Bulletin of the Pasteur Institute of Southern India, Coonoor - No. 1.
Year: 1908
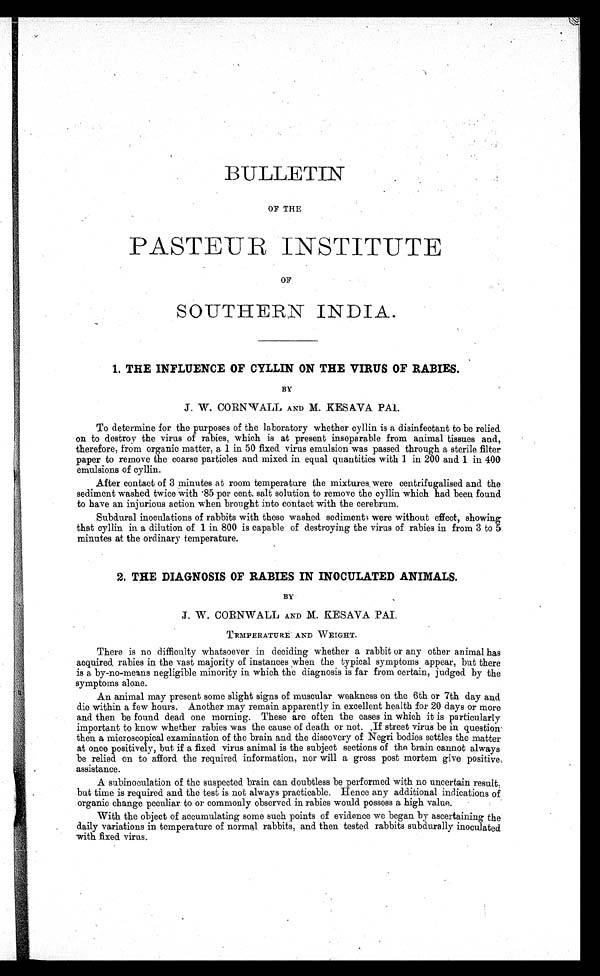
BULLETIN
OF THE
PASTEUR INSTITTUTE
OF
SOUTHERN INDIA.
1. THE INFLUENCE OF CYLLIN ON THE VIRUS OF RABIES.
BY
J. W. CORNWALL AND M. KESAVA PAL.
To determine for the purposes of the laboratory whether cyllin is a disinfectant to be relied.
On to destroy the virus of rabies, which is at present inseparable from animal tissues and,
therefore, from organic matter, a 1 in 50 fixed virus emulsion was passed through a sterile filter
paper to remove the coarse particles and mixed in equal quantities with 1 in 200 and 1 in 400
emulsions of cyllin.
After contact of 3 minutes a t room temperature the mixtures, were centrifugalised and the
sediment washed twice with 85 per cent. salt solution to remove the cyllin which had been found
to have an injurious action when brought into contact with the cerebrum.
Subdural inoculations of rabbits with these washed sediments were without effect, showing
that cyllin in a dilution of 1 in 800 is capable of destroying the virus of rabies in from 3 to 5
minutes at the ordinary temperature.
2. THE DIAGNOSIS OF RABIES IN INOCULATED ANIMALS.
BY
J. W. CORNWALL AND M. KESAVA PAI.
T EMPERATURE AND W EIGHT.
There is no difficulty whatsoever in deciding whether a rabbit or any other animal has
acquired rabies in the vast majority of instances when the typical symptoms appear, but there
is a by-no-means negligible minority in which the diagnosis is far from certain, judged by the
symptoms alone.
An animal may present some slight signs of muscular weakness on the 6th or 7th day and
die within a few hours. Another may remain apparently in excellent health for 20 days or more
and then be found dead one morning. These are often the cases in which it is particularly
important to know whether rabies was the cause of death or not. If street virus be in question
then a microscopical examination of the brain and the discovery of Negri bodies settles the matter
at once positively, but if a fixed virus animal is the subject sections of the brain cannot always
be relied on to afford the required information, nor will a gross post mortem give positive,
assistance.
A subinoculation of the suspected brain can doubtless be performed with no uncertain result,
but time is required and the test is not always practicable. Hence any additional indications of
organic change peculiar to or commonly observed in rabies would possess a high value.
With the object of accumulating some such points of evidence we began by ascertaining the
daily variations in temperature of normal rabbits, and then tested rabbits subdurally inoculated
with fixed virus.